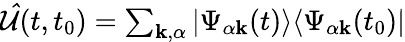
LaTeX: \begin{array}{r}{\mathcal{\hat{U}}(t,t_{0})=\sum_{\mathbf{k},\alpha}|\Psi_{\alpha\mathbf{k}}(t)\rangle\langle\Psi_{\alpha\mathbf{k}}(t_{0})|}\end{array}